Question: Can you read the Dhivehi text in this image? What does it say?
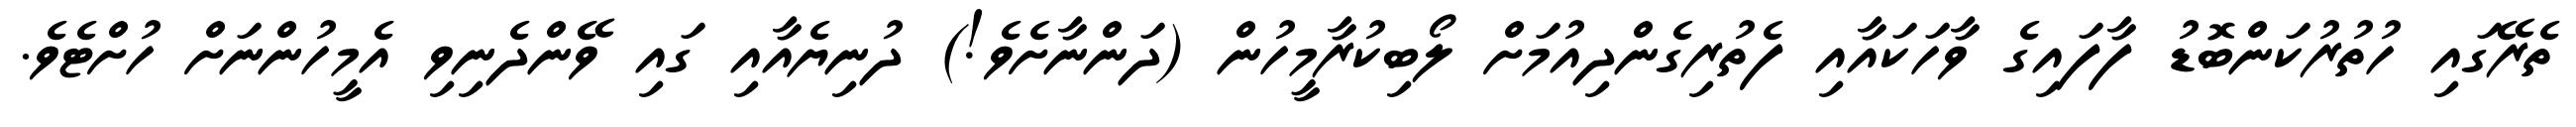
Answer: ތެރޭގައި ހުތުރުކަންބޮޑު ފާފައިގެ ވާހަކައާއި ފެތުރިގެންދިއުމަށް ލޯބިކުރާމީހުން (ދަންނާށެވެ!) ދުނިޔެއާއި ގައި ވޭންދެނިވި އެމީހުންނަށް ހުށްޓެވެ.